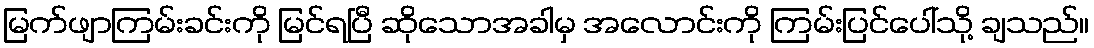
မြက်ဖျာကြမ်းခင်းကို မြင်ရပြီ ဆိုသောအခါမှ အလောင်းကို ကြမ်းပြင်ပေါ်သို့ ချသည်။